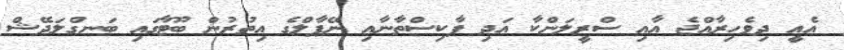
އެއީ ދިވެހިރާއްޖެ އާއި ސްރީލަންކާ އަދި ޕާކިސްތާނާއި ނޭޕާލްގެ އިތުރުން ބޫޓާގައި ބަނގްލަދޭޝް